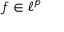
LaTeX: f \in \ell ^ { p }